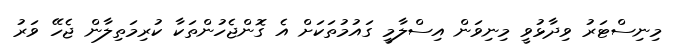
މިނިސްޓަރު ވިދާޅުވީ މިނިވަން އިސްލާމީ ގައުމުތަކަށް އެ ގޮންޖެހުންތަކާ ކުރިމަތިލާން ޖެހޭ ވަރު